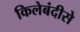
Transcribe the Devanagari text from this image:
किलेबंदीसे